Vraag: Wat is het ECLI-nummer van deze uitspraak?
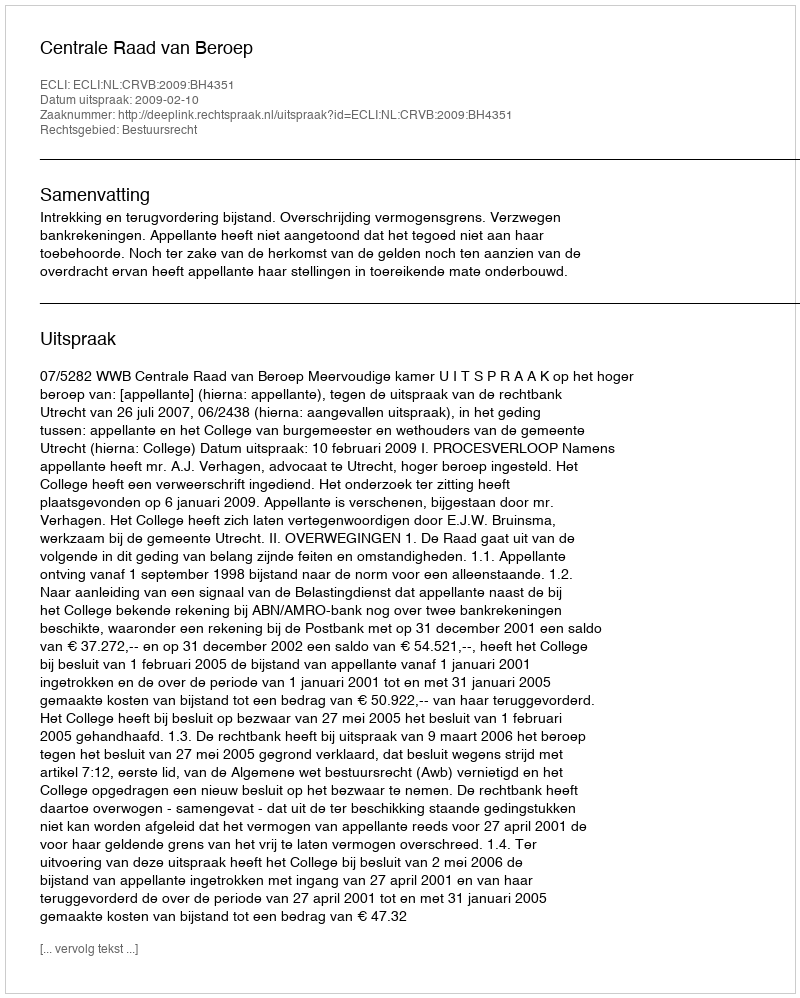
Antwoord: ECLI:NL:CRVB:2009:BH4351